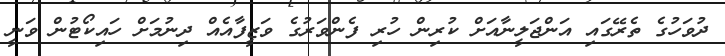
ދުވަހުގެ ތެރޭގައި އަންޖަލީނާއަށް ކުރިން ހުރި ފެންވަރުގެ ވަޒީފާއެއް ދިނުމަށް ހައިކޯޓުން ވަނީ